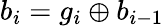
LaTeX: b_{i}=g_{i}\oplus b_{i-1}